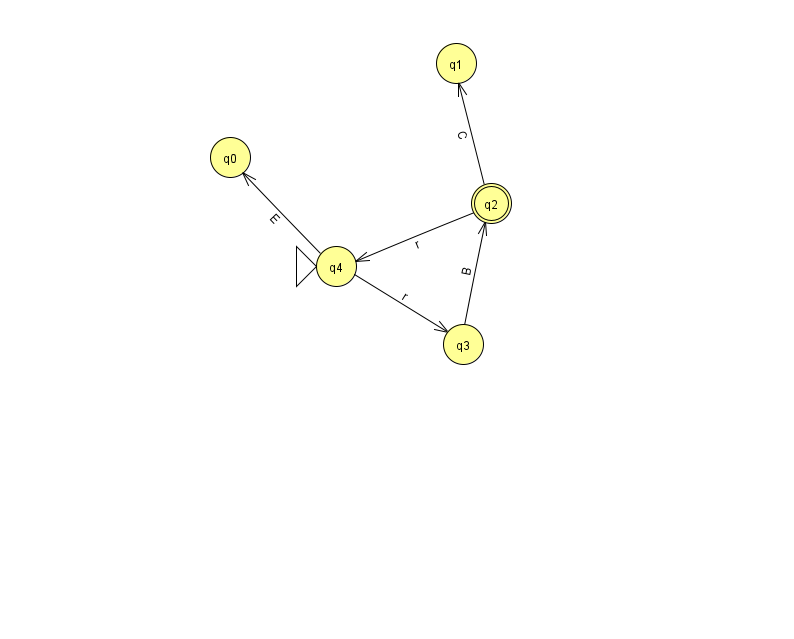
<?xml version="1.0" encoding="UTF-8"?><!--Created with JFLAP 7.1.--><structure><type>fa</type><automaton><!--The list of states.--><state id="0" name="q0"><x>230.0</x><y>144.0</y></state><state id="1" name="q1"><x>456.0</x><y>50.0</y></state><state id="2" name="q2"><x>491.0</x><y>190.0</y><final/></state><state id="3" name="q3"><x>463.0</x><y>331.0</y></state><state id="4" name="q4"><x>336.0</x><y>253.0</y><initial/></state><!--The list of transitions.--><transition><from>3</from><to>2</to><read>B</read></transition><transition><from>2</from><to>1</to><read>C</read></transition><transition><from>4</from><to>3</to><read>r</read></transition><transition><from>4</from><to>0</to><read>E</read></transition><transition><from>2</from><to>4</to><read>r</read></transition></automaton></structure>